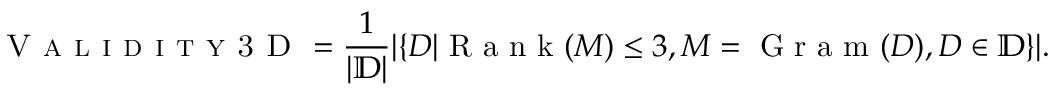
\textsc { V a l i d i t y 3 D } = \frac { 1 } { | \mathbb { D } | } | \{ D | \textrm { R a n k } ( M ) \le 3 , M = \textrm { G r a m } ( D ) , D \in \mathbb { D } \} | .